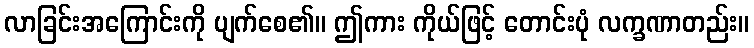
လာခြင်းအကြောင်းကို ပျက်စေ၏။ ဤကား ကိုယ်ဖြင့် တောင်းပုံ လက္ခဏာတည်း။